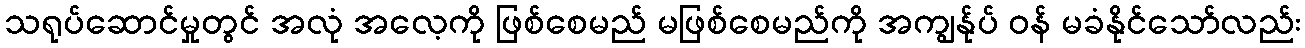
သရုပ်ဆောင်မှုတွင် အလုံ အလေ့ကို ဖြစ်စေမည် မဖြစ်စေမည်ကို အကျွန်ုပ် ဝန် မခံနိုင်သော်လည်း